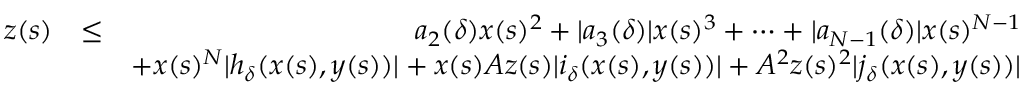
\begin{array} { r l r } { z ( s ) } & { \leq } & { a _ { 2 } ( \delta ) x ( s ) ^ { 2 } + | a _ { 3 } ( \delta ) | x ( s ) ^ { 3 } + \cdots + | a _ { N - 1 } ( \delta ) | x ( s ) ^ { N - 1 } } \\ & { } & { + x ( s ) ^ { N } | h _ { \delta } ( x ( s ) , y ( s ) ) | + x ( s ) A z ( s ) | i _ { \delta } ( x ( s ) , y ( s ) ) | + A ^ { 2 } z ( s ) ^ { 2 } | j _ { \delta } ( x ( s ) , y ( s ) ) | } \end{array}